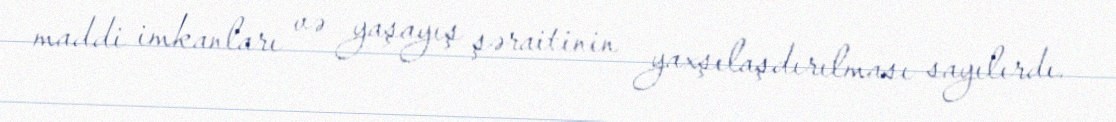
maddi imkanları və yaşayış şəraitinin yaxşılaşdırılması sayılırdı.